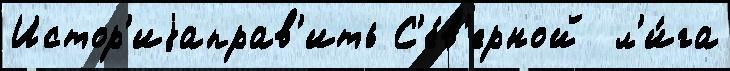
Истор'иjаправ'ить С'е́в'ерной  л'и́га